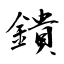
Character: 鐀